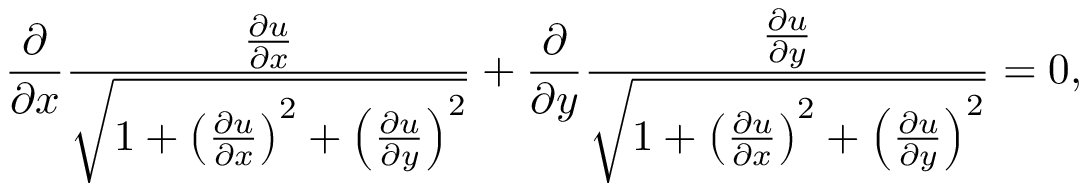
{ \frac { \partial } { \partial x } } { \frac { \frac { \partial u } { \partial x } } { \sqrt { 1 + \left( { \frac { \partial u } { \partial x } } \right) ^ { 2 } + \left( { \frac { \partial u } { \partial y } } \right) ^ { 2 } } } } + { \frac { \partial } { \partial y } } { \frac { \frac { \partial u } { \partial y } } { \sqrt { 1 + \left( { \frac { \partial u } { \partial x } } \right) ^ { 2 } + \left( { \frac { \partial u } { \partial y } } \right) ^ { 2 } } } } = 0 ,